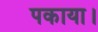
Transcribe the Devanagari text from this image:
पकाया।